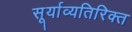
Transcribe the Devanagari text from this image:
सूर्याव्यतिरिक्त